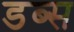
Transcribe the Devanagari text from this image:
डब्स